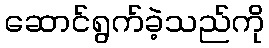
ဆောင်ရွက်ခဲ့သည်ကို